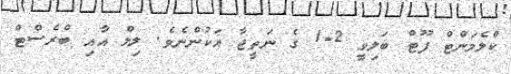
ކްލެމަންޓް ފޫޓް ބަލިވީ 2-1 ގެ ނަތީޖާ އަކުންނެވެ. ލިލް އާއި ބްރެސްޓް